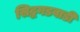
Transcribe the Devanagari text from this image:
सिद्धगडवाडी